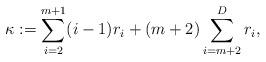
LaTeX: \begin{align*}\kappa := \sum_{i=2}^{m+1} (i-1)r_i + (m+2)\sum_{i=m+2}^D r_i,\end{align*}